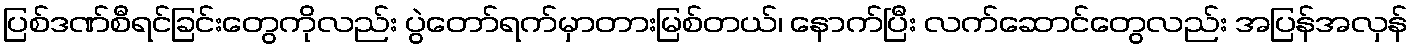
ပြစ်ဒဏ်စီရင်ခြင်းတွေကိုလည်း ပွဲတော်ရက်မှာတားမြစ်တယ်၊ နောက်ပြီး လက်ဆောင်တွေလည်း အပြန်အလှန်